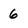
Character: 6